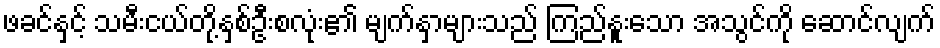
ဖခင်နှင့် သမီးငယ်တို့နှစ်ဦးစလုံး၏ မျက်နှာများသည် ကြည်နူးသော အသွင်ကို ဆောင်လျက်